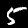
Digit: 5